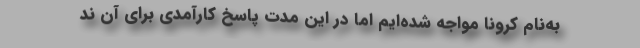
به‌نام کرونا مواجه شده‌ایم اما در این مدت پاسخ کارآمدی برای آن ند